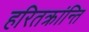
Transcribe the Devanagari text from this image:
हरितक्रांन्ति